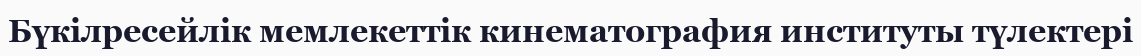
Бүкілресейлік мемлекеттік кинематография институты түлектері